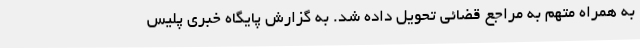
به همراه متهم به مراجع قضائی تحویل داده شد. به گزارش پایگاه خبری پلیس